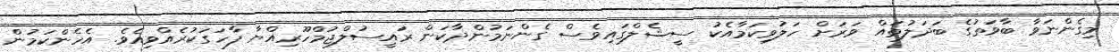
މިގެންނަވާ ބާވަތުގެ ބަދަލުތައް ވަރަށް ހަލުވިކަމާއެކު ސީޝެލްގައިވެސް ގެންނަމުންދާކަން ރައީސުލްޖުމްހޫރިއްޔާ ފާހަގަކުރެއްވިއެވެ. އެހެންކަމުން